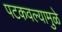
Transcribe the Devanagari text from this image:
पटकवल्यामुळे